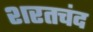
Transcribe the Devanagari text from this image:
शरतचंद